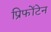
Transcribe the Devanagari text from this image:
प्रिफोंटेन